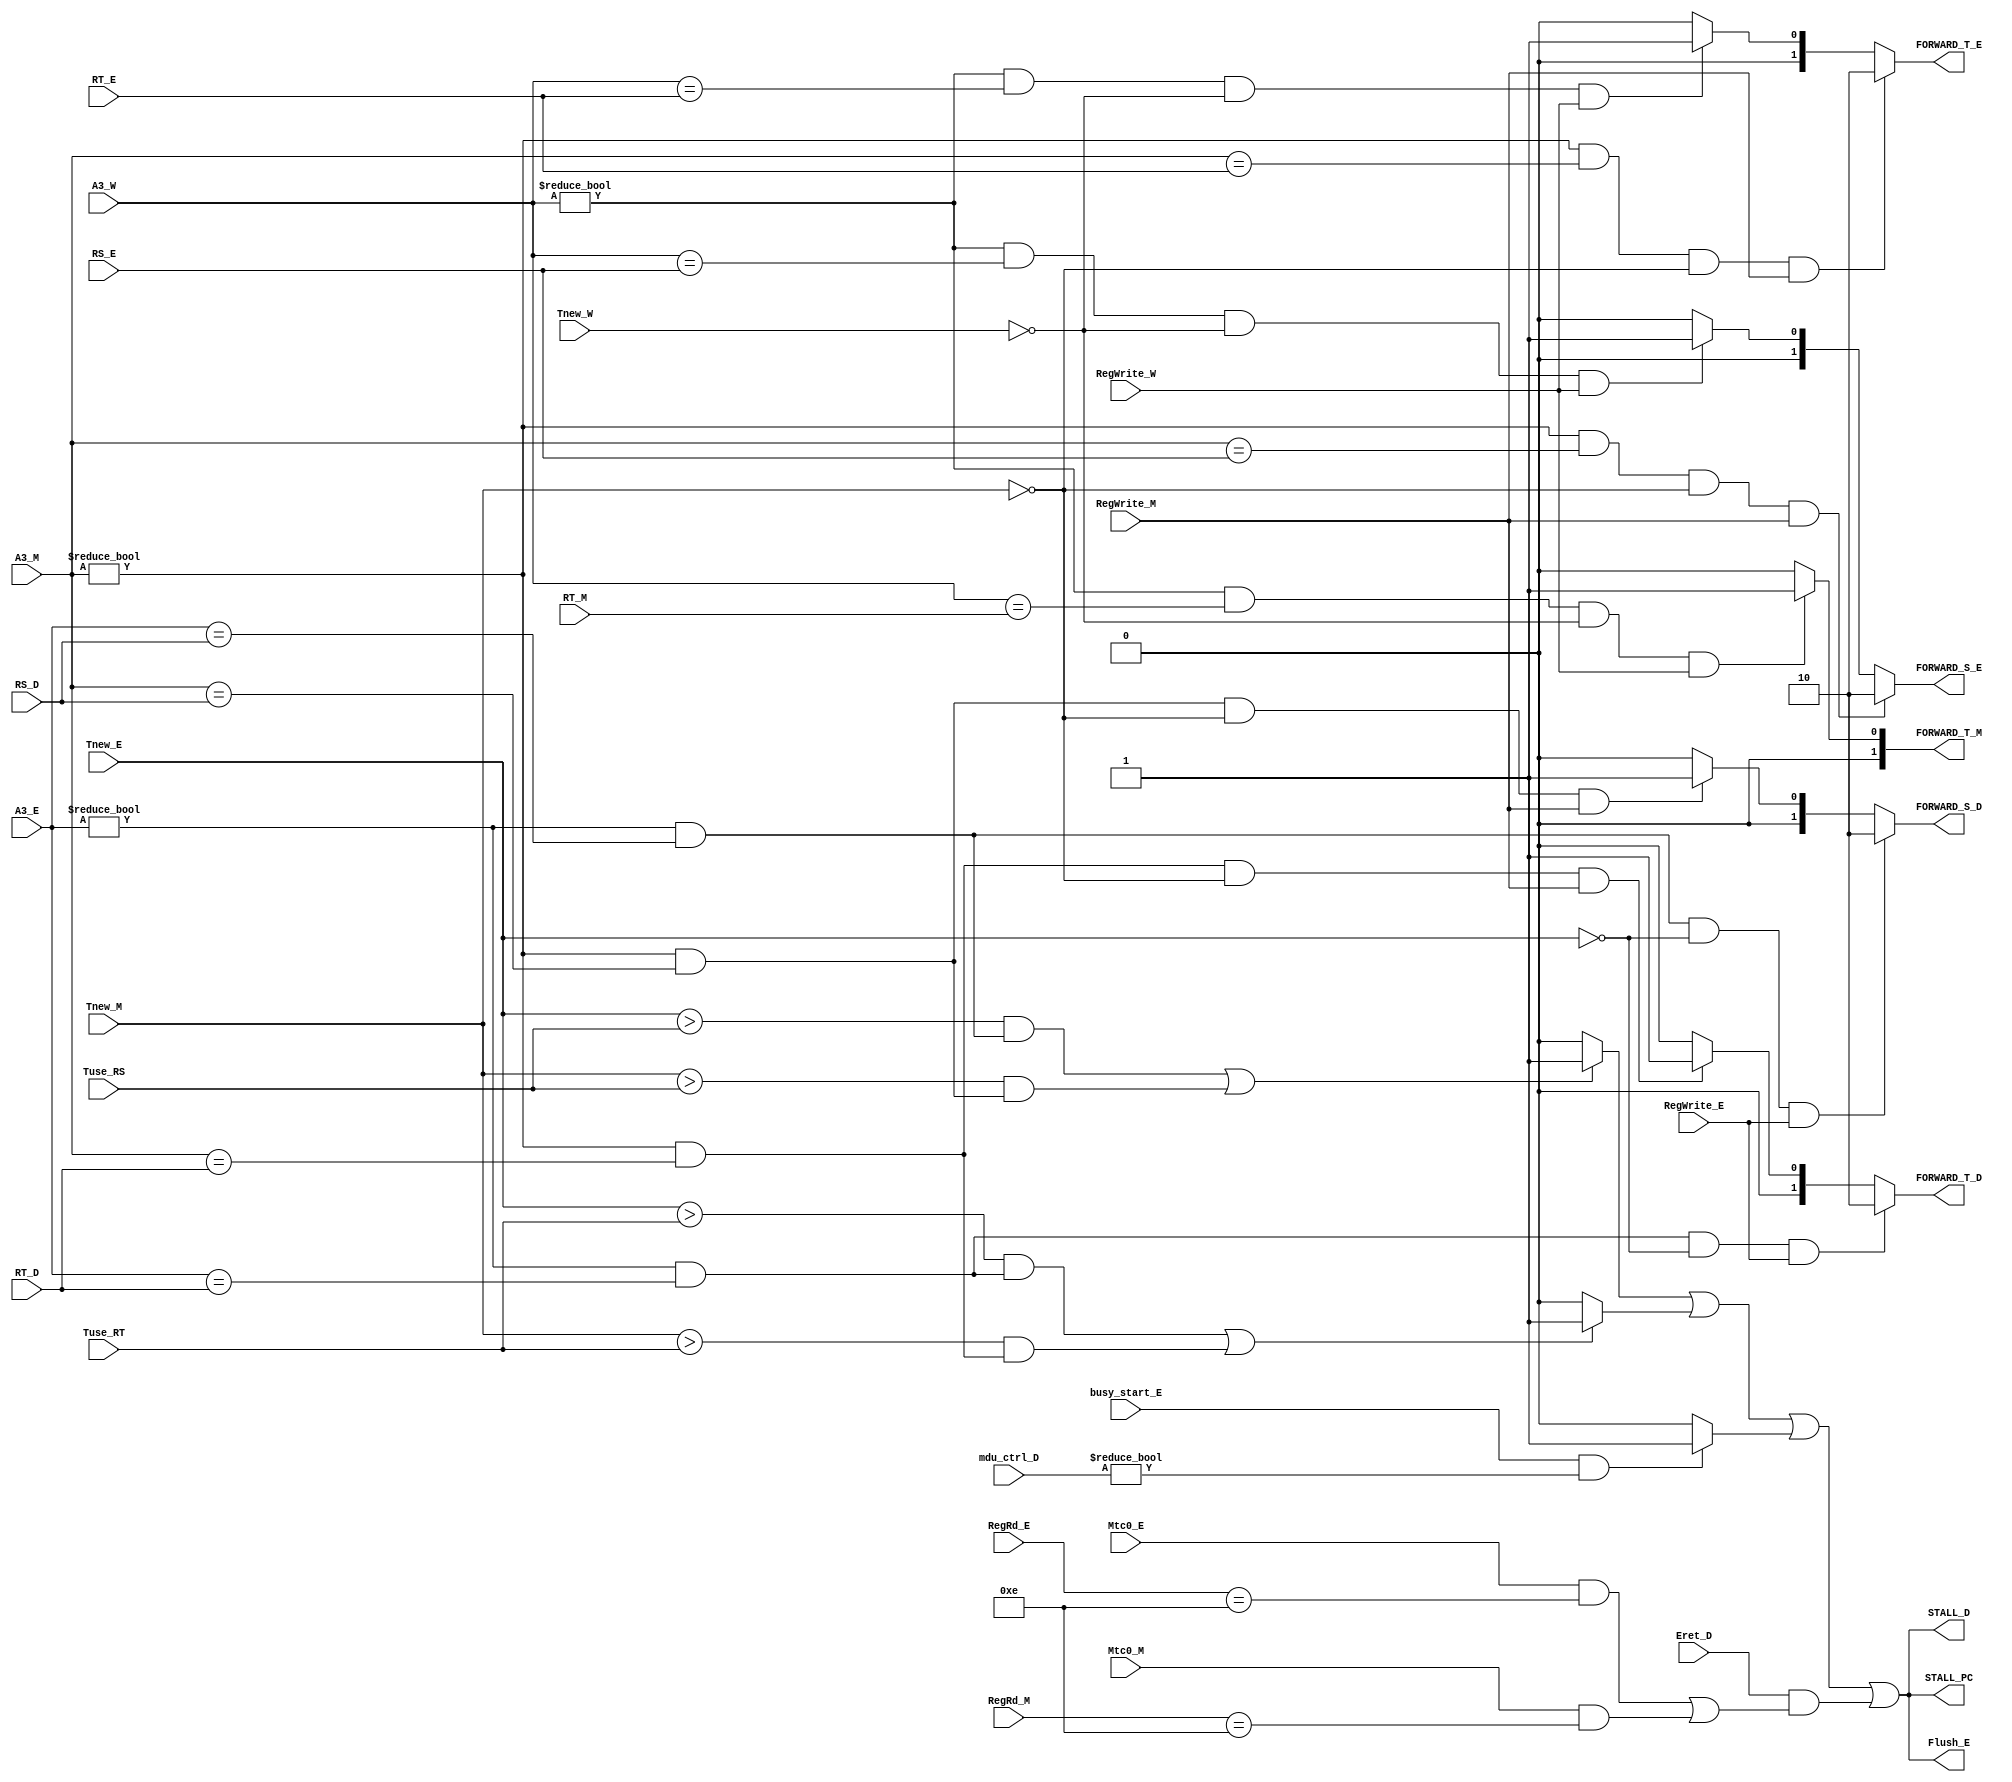
module UNIT (
    output STALL_PC,
    output STALL_D,
    output [1:0]FORWARD_S_D,//for beq
    output [1:0]FORWARD_T_D,
    output [1:0]FORWARD_S_E,
    output [1:0]FORWARD_T_E,
    output [1:0]FORWARD_T_M,
    output Flush_E,
    input [4:0]RS_D,
    input [4:0]RT_D,
    input [4:0]RS_E,
    input [4:0]RT_E,
    input [4:0]RT_M,
    input [4:0]A3_E,
    input [4:0]A3_M,
    input [4:0]A3_W,
    input [2:0]Tnew_E,
    input [2:0]Tnew_M,
    input [2:0]Tnew_W,
    input [2:0]Tuse_RS,
    input [2:0]Tuse_RT,
    input RegWrite_E,
    input RegWrite_M,
    input RegWrite_W,
    input busy_start_E,
    input [3:0]mdu_ctrl_D,
    input Eret_D,
    input Mtc0_E,
    input [4:0]RegRd_E,
    input Mtc0_M,
    input [4:0]RegRd_M
);
wire STALL;
wire STALL_RS;
wire STALL_RT;
wire STALL_MDU;
wire STALL_ERET;
assign STALL_MDU=(busy_start_E==1&&mdu_ctrl_D!=0)?1'b1:1'b0;
assign STALL_ERET=(Eret_D==1'b1)&&((Mtc0_E==1'b1&&RegRd_E==5'd14)||(Mtc0_M==1'b1&&RegRd_M==5'd14));
assign STALL=STALL_RS|STALL_RT|STALL_MDU|STALL_ERET;
assign STALL_D=STALL;
assign STALL_PC=STALL;
assign Flush_E=STALL;
assign STALL_RS=(Tnew_E>Tuse_RS&&(A3_E!=5'b0&&A3_E==RS_D))||(Tnew_M>Tuse_RS&&(A3_M!=5'b0&&A3_M==RS_D))?1'b1:1'b0;
assign STALL_RT=(Tnew_E>Tuse_RT&&(A3_E!=5'b0&&A3_E==RT_D))||(Tnew_M>Tuse_RT&&(A3_M!=5'b0&&A3_M==RT_D))?1'b1:1'b0;
assign FORWARD_S_D=(A3_E!=5'b0&&A3_E==RS_D&&Tnew_E==2'b0&&RegWrite_E==1'b1)?2'b10://has a insert foward so only think about E and M without W
                   (A3_M!=5'b0&&A3_M==RS_D&&Tnew_M==2'b0&&RegWrite_M==1'b1)?2'b01:2'b0;
assign FORWARD_T_D=(A3_E!=5'b0&&A3_E==RT_D&&Tnew_E==2'b0&&RegWrite_E==1'b1)?2'b10:
                   (A3_M!=5'b0&&A3_M==RT_D&&Tnew_M==2'b0&&RegWrite_M==1'b1)?2'b01:2'b0;
assign FORWARD_S_E=(A3_M!=5'b0&&A3_M==RS_E&&Tnew_M==2'b0&&RegWrite_M==1'b1)?2'b10:
                   (A3_W!=5'b0&&A3_W==RS_E&&Tnew_W==2'b0&&RegWrite_W==1'b1)?2'b01:2'b0;
assign FORWARD_T_E=(A3_M!=5'b0&&A3_M==RT_E&&Tnew_M==2'b0&&RegWrite_M==1'b1)?2'b10:
                   (A3_W!=5'b0&&A3_W==RT_E&&Tnew_W==2'b0&&RegWrite_W==1'b1)?2'b01:2'b0;
assign FORWARD_T_M=(A3_W!=5'b0&&A3_W==RT_M&&Tnew_W==2'b0&&RegWrite_W==1'b1)?2'b01:2'b0;             


endmodule //UNIT